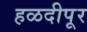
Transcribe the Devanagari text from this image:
हळदीपूर